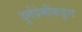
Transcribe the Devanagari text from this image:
दुर्गप्रेमींकडून